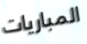
المباريات